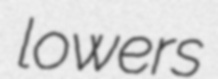
lowers